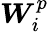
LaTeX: \boldsymbol{W}_{i}^{p}